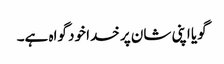
گویا اپنی شان پر خدا خود گواہ ہے۔